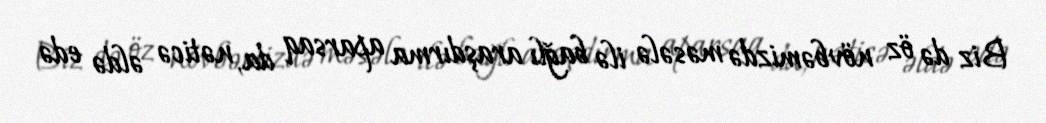
Biz də öz növbəmizdə məsələ ilə bağlı araşdırma aparsaq da, nəticə əldə edə